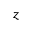
z